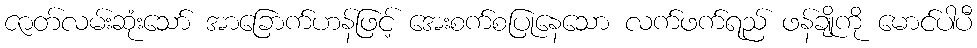
ဇာတ်လမ်းဆုံးသော် အာခြောက်ဟန်ဖြင့် အေးစက်စပြုနေသော လက်ဖက်ရည် ဖန်ချိုကို မောင်ပါပီ